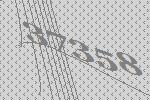
37358